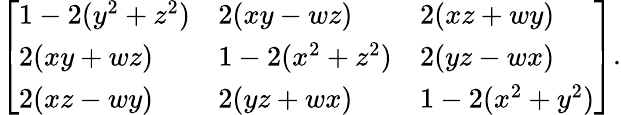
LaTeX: {\left[\begin{array}{lll}{1-2(y^{2}+z^{2})}&{2(xy-wz)}&{2(xz+wy)}\\ {2(xy+wz)}&{1-2(x^{2}+z^{2})}&{2(yz-wx)}\\ {2(xz-wy)}&{2(yz+wx)}&{1-2(x^{2}+y^{2})}\end{array}\right]}.